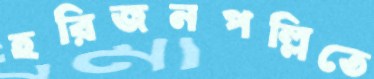
হরিজনপল্লিতে